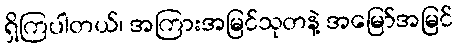
ရှိကြပါတယ်၊ အကြားအမြင်သုတနဲ့ အမြော်အမြင်